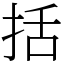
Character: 括